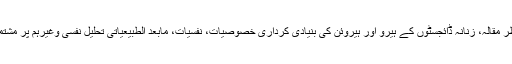
زیر نظر مقالہ، زنانہ ڈائجسٹوں کے ہیرو اور ہیروئن کی بنیادی کرداری خصوصیات، نفسیات، مابعد الطبیعیاتی تحلیل نفسی وغیرہم پر مشتمل ہے۔